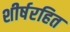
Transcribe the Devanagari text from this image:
शीर्षरहित